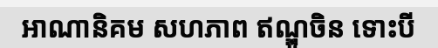
អាណានិគម សហភាព ឥណ្ឌូចិន ទោះបី